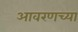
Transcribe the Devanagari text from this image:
आवरणच्या